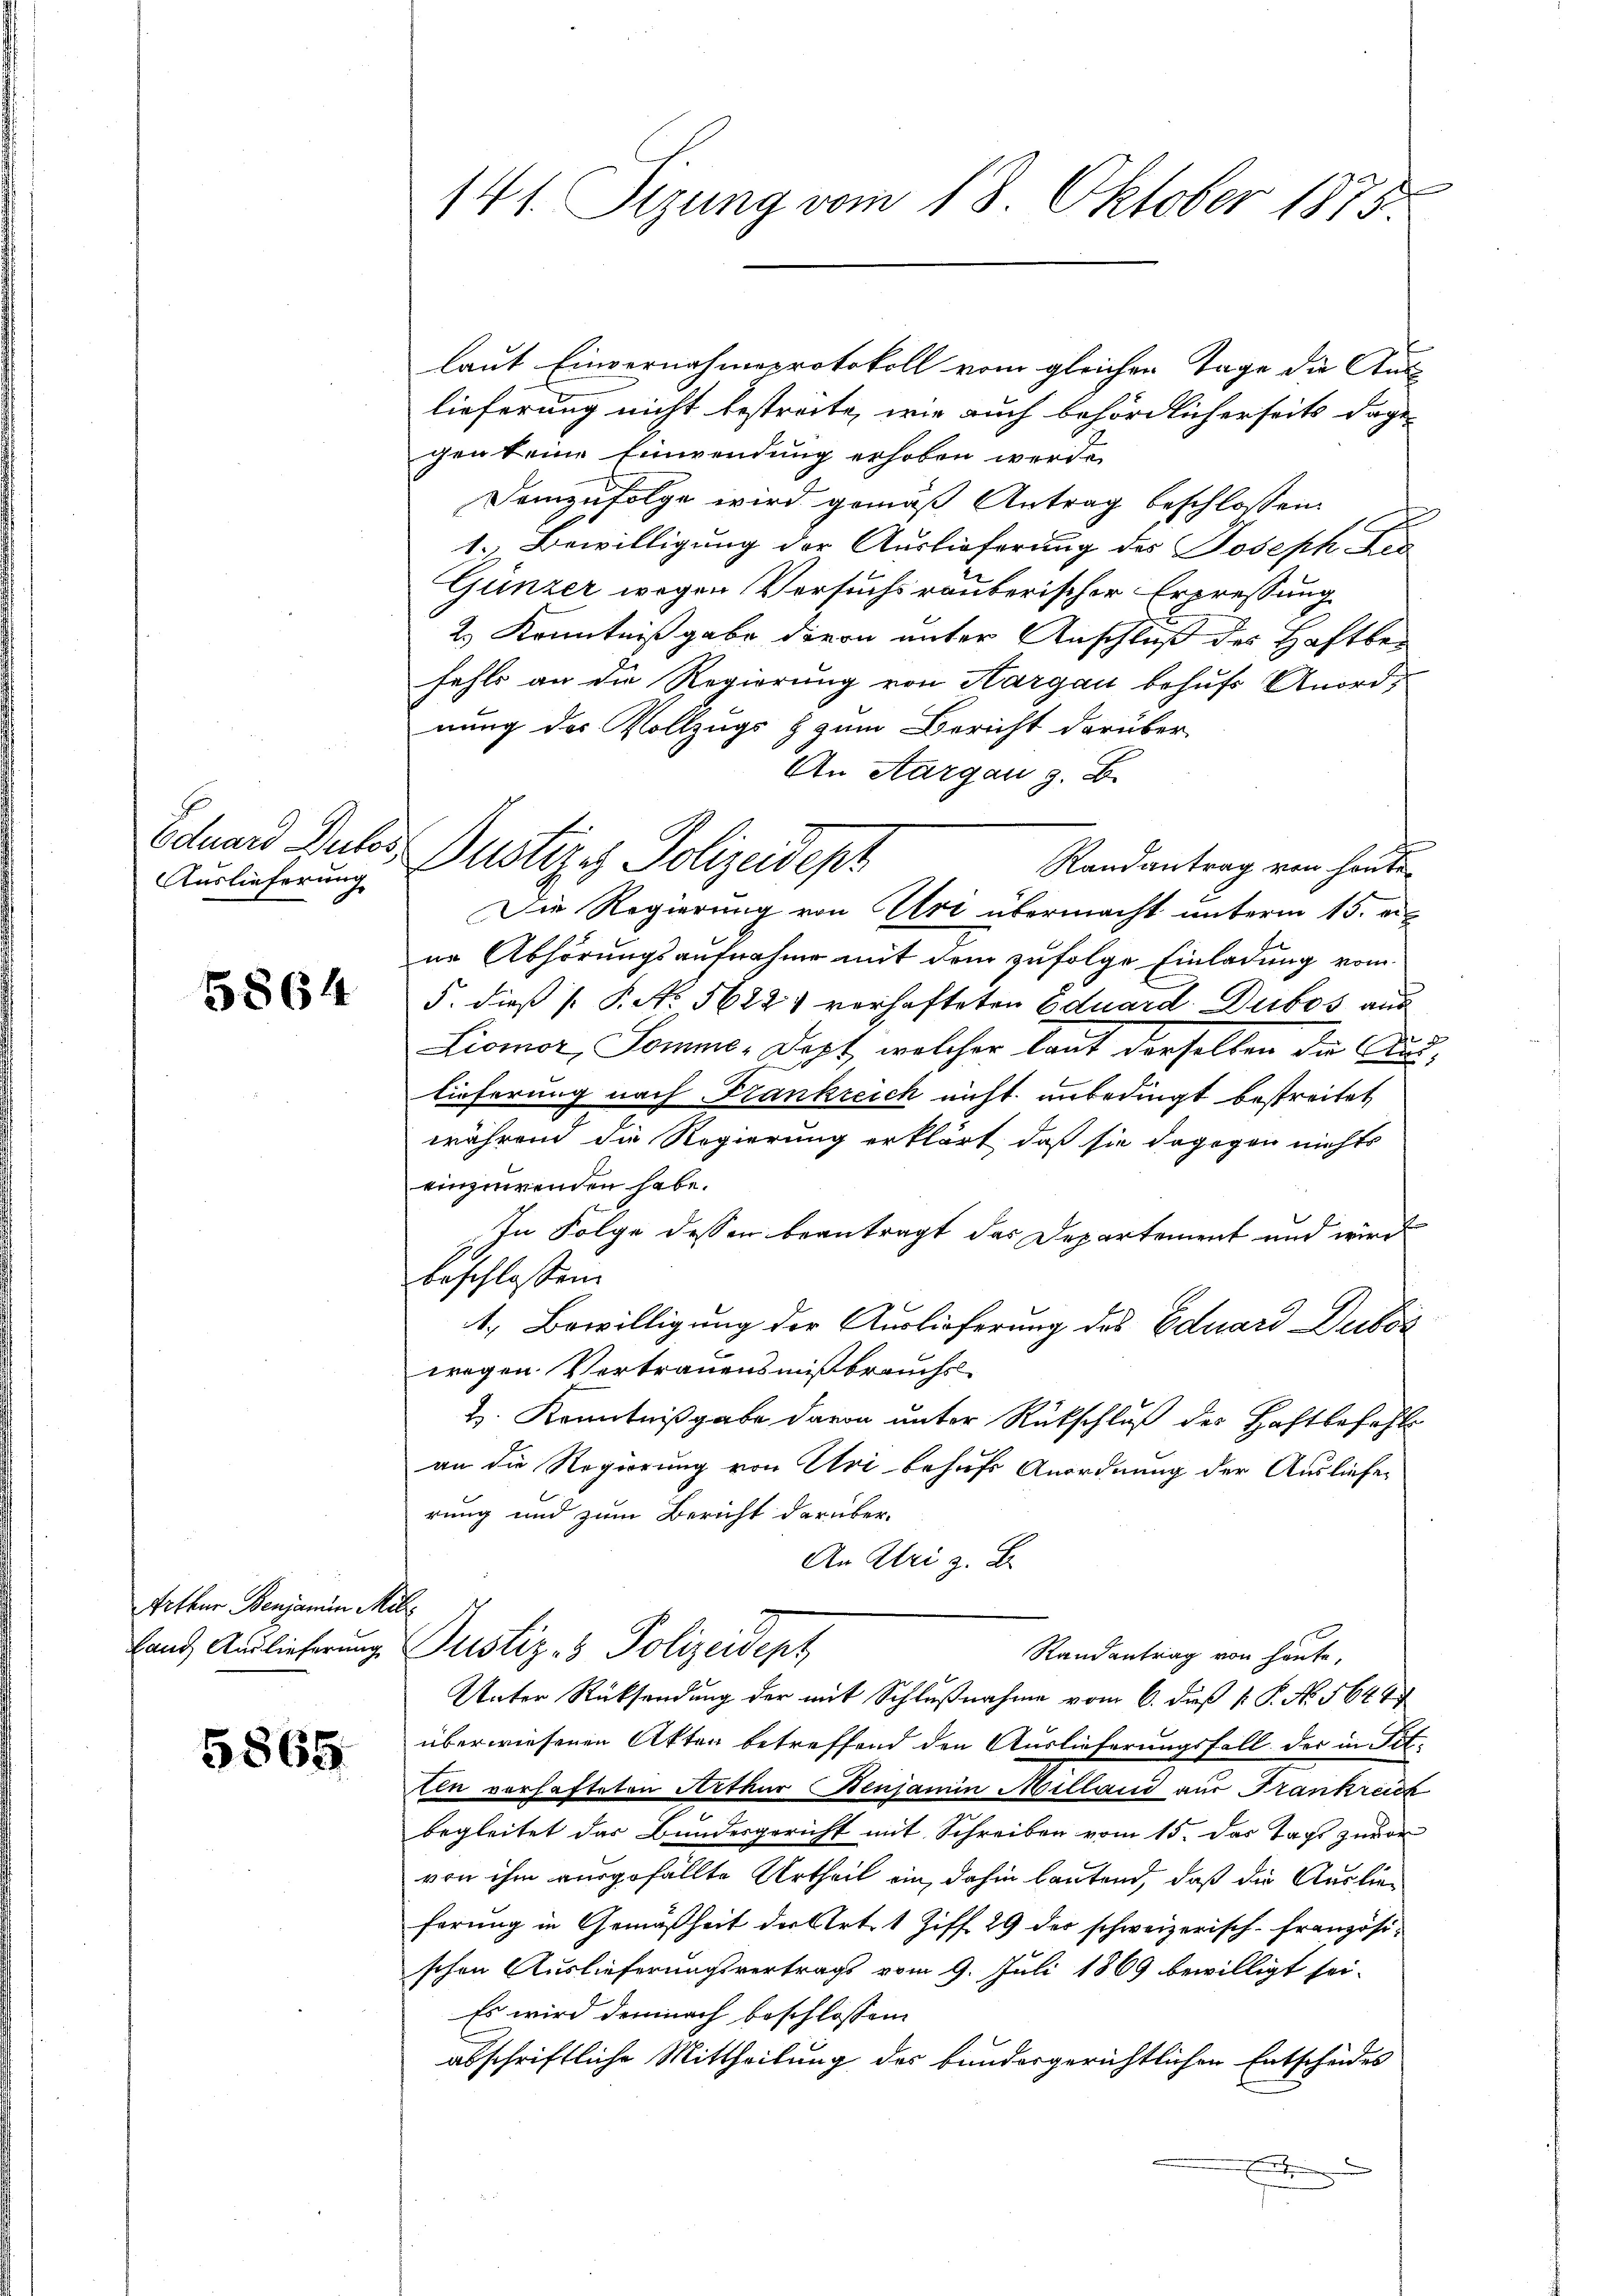
Eduard Dutos.
Auslieferung

5864

Arthur Benjamin Me
land Auslieferung

5865.

141. Sizung vom 18. Oktober 1875.

lieferung nicht bestrate, wie auch behördlicherseits dage-
gen keine Einwendung erhoben werde.
Demzufolge wird gemäß Antrag beschloßen
1. Bewilligung der Auslieferung des Joseph Fer
Günzer wegen Versuchs räuberischer Ereressung
2.) Kenntniß gabe davon unter Anschluß des Haftbefehls an die Regierung von Hargau behufs Anordnung des Vollzugs & zum Bericht darüber
An Aargau z. B.
Randantrag von heute
ne Abhörungsaufnahme mit dem zufolge Einladung vom
5. dieß P. No 5622. verhafteten Eduard. Dubos aus
Liomor, Somme-Dept, welcher laut derselben die Aus-
lieferung nach Frankreich nicht unbedingt bestreitet,
während die Regierung erklärt, daß sie dagegen nichts
einzuwenden habe.
In Folge dessen beantragt das Departement und wird
beschlossen.
1. Bewilligung der Auslieferung des Eduard Duboi
wegen Vertrauensmißbrauchs-
H. Kenntnißgabe davon unter Rückschluß des Haftbefehls
an die Regierung von Uri behufs Anordnung der Ausliefer
rung und zum Bericht darüber¬
An Uri z. B.
d
Justiz- & Polizeidept
Randantrag von heute,
Unter Rücksendung der mit Schlußnahme vom 6. daß P. P. No. 5644
überwiesenen Akten betreffend den Auslieferungsfall der in Tit.
ten vorhafteten Arthur Benjamin Milland aus Frankreich
begleitet das Bundesgericht mit Schreiben vom 15. Das Tags zuvor
von ihm ausgefällte Urtheil ein, dahin lautend, daß die Auslieferung in Gemäßheit der Art. 1 Ziff. 29 der schweizerisch-französischen Ausliefernachsvertrags vom 9. Juli 1869 bewilligt sei.
Es wird demnach beschlossen
abschriftliche Mittheilung des bundergerichtlichen Entscheides
E

laut Einvernahmsprotokoll vom gleichen Tage die Aus

ustizch Polizeidept
Die Regierung von Uri übermacht unterm 15. en